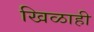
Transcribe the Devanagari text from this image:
खिळाही